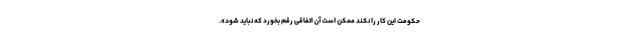
حکومت این کار را نکند ممکن است آن اتفاقی رقم بخورد که نباید شود».